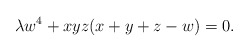
\begin{align*} \lambda w^4 + xyz(x+y+z-w) = 0.\end{align*}